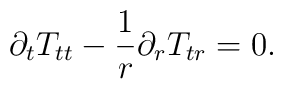
\partial_t T_{tt} - \frac{1}{r} \partial_{r} T_{tr} = 0.